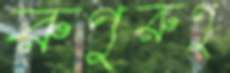
রুণুরুণু